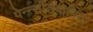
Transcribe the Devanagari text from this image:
पेन्न्सीलवानिया